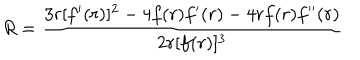
R = { \frac { 3 r [ f ^ { \prime } ( r ) ] ^ { 2 } - 4 f ( r ) f ^ { \prime } ( r ) - 4 r f ( r ) f ^ { \prime \prime } ( r ) } { 2 r [ f ( r ) ] ^ { 3 } } }